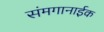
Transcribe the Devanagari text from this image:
संमगानाईक